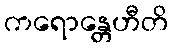
ကရောန္တေဟီတိ